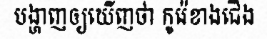
បង្ហាញឲ្យឃើញថា កូរ៉េខាងជើង